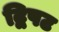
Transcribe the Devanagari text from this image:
द्विपट